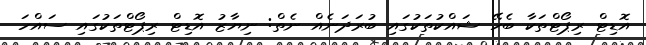
އޮޑިޓް ރިޕޯޓްތަކާ ބެހޭ ޝައްކުތަކުގައި ބުރަދަނެއް ނެތް: ނިޔާޒު އޮޑިޓް ރިޕޯޓްތަކުގައި ސައްހަ